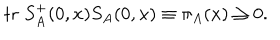
LaTeX: \mathrm { t r } \; S _ { A } ^ { + } ( 0 , x ) S _ { A } ( 0 , x ) \equiv \pi _ { A } ( x ) \geq 0 .